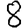
Digit: 8